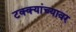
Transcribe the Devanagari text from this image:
टक्‍क्‍यांच्यावर